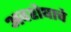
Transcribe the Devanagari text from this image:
अवशेषाचे